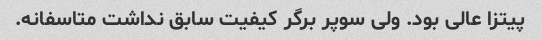
پیتزا عالی بود. ولی سوپر برگر کیفیت سابق نداشت متاسفانه.